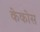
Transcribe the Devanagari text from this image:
केकोस